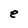
Character: e